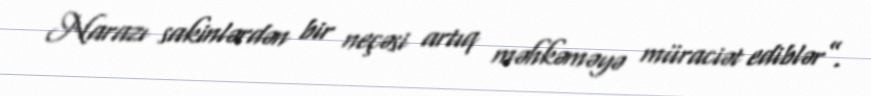
Narazı sakinlərdən bir neçəsi artıq məhkəməyə müraciət ediblər”.